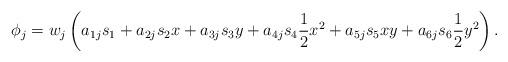
LaTeX: \begin{align*}\phi_{j}=w_{j}\left(a_{1j}s_{1}+a_{2j}s_{2}x+a_{3j}s_{3}y+a_{4j}s_{4}\frac{1}{2}x^{2}+a_{5j}s_{5}xy+a_{6j}s_{6}\frac{1}{2}y^{2}\right).\end{align*}